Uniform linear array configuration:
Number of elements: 4
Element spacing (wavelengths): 1
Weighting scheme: exponential
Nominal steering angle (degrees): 60
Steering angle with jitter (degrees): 61.39
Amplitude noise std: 0.05
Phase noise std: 0.05

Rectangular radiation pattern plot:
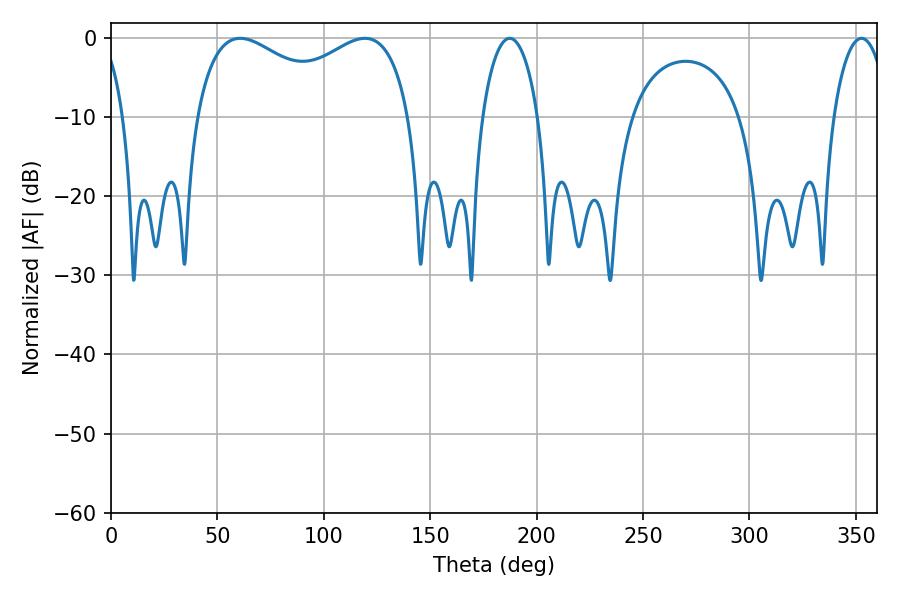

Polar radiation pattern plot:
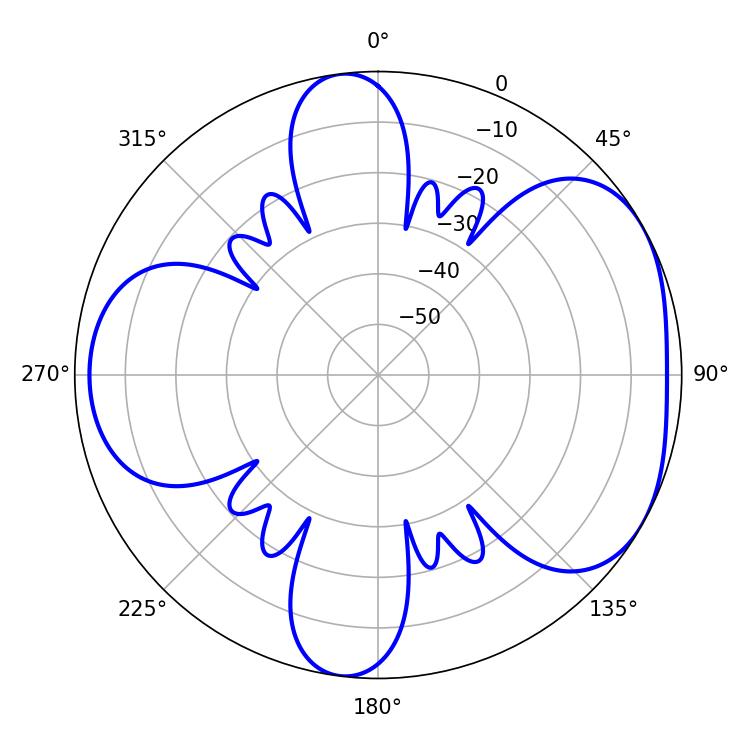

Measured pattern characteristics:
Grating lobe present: TRUE
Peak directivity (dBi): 4.719
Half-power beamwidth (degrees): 83.88
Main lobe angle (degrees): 60.66